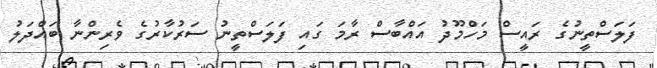
ފަލަސްތީނުގެ ރައީސް މަހްމޫދު އައްބާސް ރާމަ ގައި ފަލަސްތީނު ސަރުކާރުގެ ވެރިންނާ ބައްދަލު